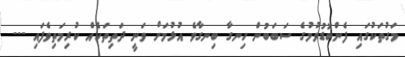
މަގުތަކުގައި ފެންބޮޑުވުމުގެ ސަބަބުން ހިނގާ ބިނގާވެ އުޅުމަށް ވަނީ ދަތިތަކެއް ކުރިމަތިވެފައި ---